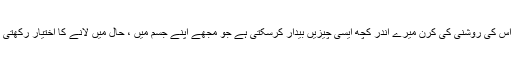
بس اس کی روشنی کی کرن میرے اندر کچھ ایسی چیزیں بیدار کرسکتی ہے جو مجھے اپنے جسم میں ، حال میں لانے کا اختیار رکھتی ہے۔